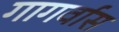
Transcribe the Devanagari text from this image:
गागर्वास